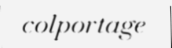
colportage